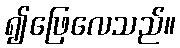
၍ဖြေလေသည်။